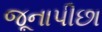
જૂનાપીછા